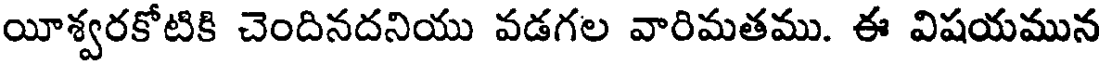
యీశ్వరకోటికి చెందినదనియు వడగల వారిమతము. ఈ విషయమున